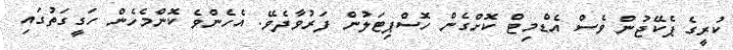
ކުރީގެ ޕެކޭޖުން ވެސް އެޑްމިޓް ކޮށްގެން ހޮސްޕިޓަލުން ފަރުވާދެވޭ. އެހެންވެ ކޮންމެހެން ހަގީގަތުގައި